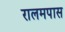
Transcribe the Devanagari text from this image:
रालमपास